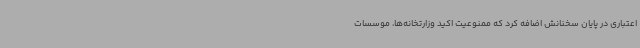
اعتباری در پایان سخنانش اضافه کرد که ممنوعیت اکید وزارتخانه‌ها، موسسات